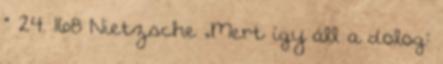
” 24. 168 Nietzsche „Mert így áll a dolog: